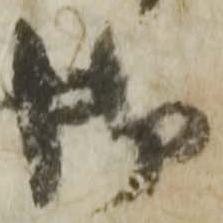
御